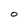
Character: O